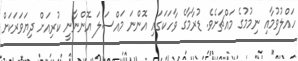
ހައްލުވުމާއި ނިމުމުގެ މައްޗަށެވެ. ޑުރާމާގެ ވާހަކަގައި އޮންނަ މައްސަލަ އޮންނާނީ ކުރިއަށް ދިޔަވަރަކަށް